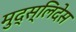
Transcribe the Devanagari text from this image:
मुद्स्लिदेस